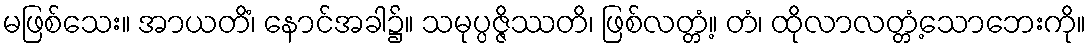
မဖြစ်သေး။ အာယတိံ၊ နောင်အခါ၌။ သမုပ္ပဇ္ဇိဿတိ၊ ဖြစ်လတ္တံ့။ တံ၊ ထိုလာလတ္တံ့သောဘေးကို။